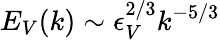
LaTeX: E_{V}(k)\sim\epsilon_{V}^{2/3}k^{-5/3}